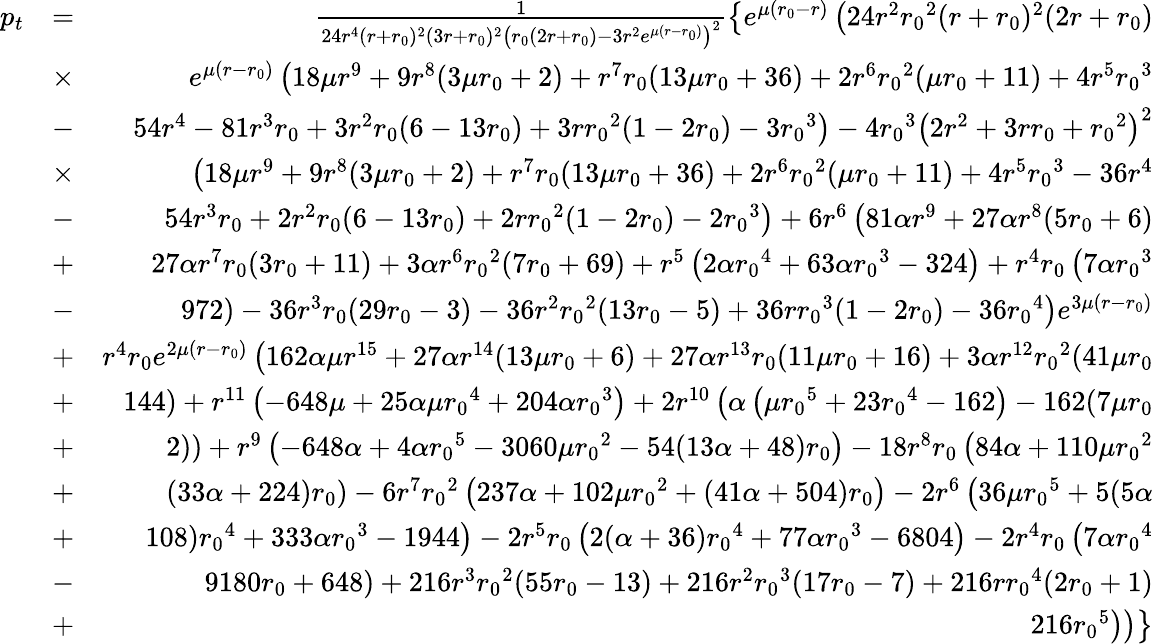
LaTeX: \begin{array}{rlr}{p_{t}}&{=}&{\frac{1}{24r^{4}(r+{r_{0}})^{2}(3r+{r_{0}})^{2}\left({r_{0}}(2r+{r_{0}})-3r^{2}e^{\mu(r-{r_{0}})}\right)^{2}}\left\lbrace e^{\mu({r_{0}}-r)}\left(24r^{2}{r_{0}}^{2}(r+{r_{0}})^{2}(2r+{r_{0}})\right.\right.}\\ &{\times}&{\left.\left.e^{\mu(r-{r_{0}})}\left(18\mu r^{9}+9r^{8}(3\mu{r_{0}}+2)+r^{7}{r_{0}}(13\mu{r_{0}}+36)+2r^{6}{r_{0}}^{2}(\mu{r_{0}}+11)+4r^{5}{r_{0}}^{3}\right.\right.\right.}\\ &{-}&{\left.\left.\left.54r^{4}-81r^{3}{r_{0}}+3r^{2}{r_{0}}(6-13{r_{0}})+3r{r_{0}}^{2}(1-2{r_{0}})-3{r_{0}}^{3}\right)-4{r_{0}}^{3}\left(2r^{2}+3r{r_{0}}+{r_{0}}^{2}\right)^{2}\right.\right.}\\ &{\times}&{\left.\left.\left(18\mu r^{9}+9r^{8}(3\mu{r_{0}}+2)+r^{7}{r_{0}}(13\mu{r_{0}}+36)+2r^{6}{r_{0}}^{2}(\mu{r_{0}}+11)+4r^{5}{r_{0}}^{3}-36r^{4}\right.\right.\right.}\\ &{-}&{\left.\left.\left.54r^{3}{r_{0}}+2r^{2}{r_{0}}(6-13{r_{0}})+2r{r_{0}}^{2}(1-2{r_{0}})-2{r_{0}}^{3}\right)+6r^{6}\left(81\alpha r^{9}+27\alpha r^{8}(5{r_{0}}+6)\right.\right.\right.}\\ &{+}&{\left.\left.\left.27\alpha r^{7}{r_{0}}(3{r_{0}}+11)+3\alpha r^{6}{r_{0}}^{2}(7{r_{0}}+69)+r^{5}\left(2\alpha{r_{0}}^{4}+63\alpha{r_{0}}^{3}-324\right)+r^{4}{r_{0}}\left(7\alpha{r_{0}}^{3}\right.\right.\right.\right.}\\ &{-}&{\left.\left.\left.\left.972\right)-36r^{3}{r_{0}}(29{r_{0}}-3)-36r^{2}{r_{0}}^{2}(13{r_{0}}-5)+36r{r_{0}}^{3}(1-2{r_{0}})-36{r_{0}}^{4}\right)e^{3\mu(r-{r_{0}})}\right.\right.}\\ &{+}&{\left.\left.r^{4}{r_{0}}e^{2\mu(r-{r_{0}})}\left(162\alpha\mu r^{15}+27\alpha r^{14}(13\mu{r_{0}}+6)+27\alpha r^{13}{r_{0}}(11\mu{r_{0}}+16)+3\alpha r^{12}{r_{0}}^{2}(41\mu{r_{0}}\right.\right.\right.}\\ &{+}&{\left.\left.\left.144)+r^{11}\left(-648\mu+25\alpha\mu{r_{0}}^{4}+204\alpha{r_{0}}^{3}\right)+2r^{10}\left(\alpha\left(\mu{r_{0}}^{5}+23{r_{0}}^{4}-162\right)-162(7\mu{r_{0}}\right.\right.\right.\right.}\\ &{+}&{\left.\left.\left.\left.2)\right)+r^{9}\left(-648\alpha+4\alpha{r_{0}}^{5}-3060\mu{r_{0}}^{2}-54(13\alpha+48){r_{0}}\right)-18r^{8}{r_{0}}\left(84\alpha+110\mu{r_{0}}^{2}\right.\right.\right.\right.}\\ &{+}&{\left.\left.\left.\left.(33\alpha+224){r_{0}}\right)-6r^{7}{r_{0}}^{2}\left(237\alpha+102\mu{r_{0}}^{2}+(41\alpha+504){r_{0}}\right)-2r^{6}\left(36\mu{r_{0}}^{5}+5(5\alpha\right.\right.\right.\right.}\\ &{+}&{\left.\left.\left.\left.108){r_{0}}^{4}+333\alpha{r_{0}}^{3}-1944\right)-2r^{5}{r_{0}}\left(2(\alpha+36){r_{0}}^{4}+77\alpha{r_{0}}^{3}-6804\right)-2r^{4}{r_{0}}\left(7\alpha{r_{0}}^{4}\right.\right.\right.\right.}\\ &{-}&{\left.\left.\left.\left.9180{r_{0}}+648\right)+216r^{3}{r_{0}}^{2}(55{r_{0}}-13)+216r^{2}{r_{0}}^{3}(17{r_{0}}-7)+216r{r_{0}}^{4}(2{r_{0}}+1)\right.\right.\right.}\\ &{+}&{\left.\left.\left.216{r_{0}}^{5}\right)\right)\right\rbrace}\end{array}